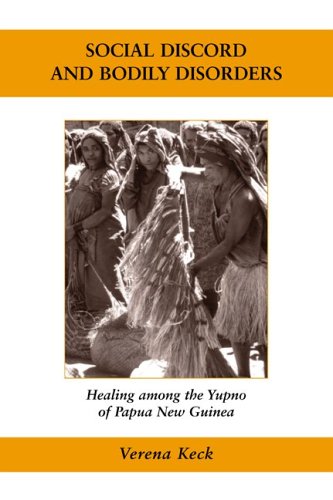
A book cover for Social Discord and Bodily Disorders: Healing Among the Yupno of Papua New Guinea (Ethnographic Studies in Medical Anthropology); Verena Keck; History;